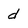
Character: d